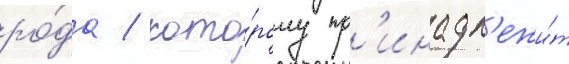
ро́да / кото́рому пр'инадл'ежи́т